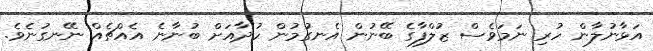
އަޅާނުލާން ހުރި ނަމަވެސް ޒުލްފާގެ ބޭނުން އެނގުމުން ހުދާއަށް ބުނާނެ އެއްޗެއް ނޭނގުނެވެ.